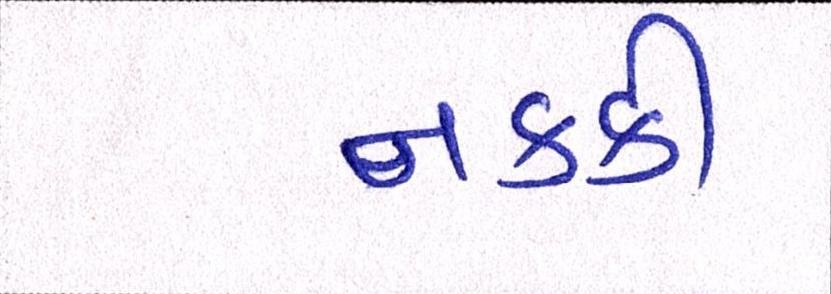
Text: નકકી